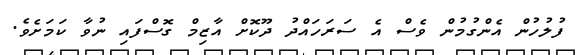
ފުލުހުން އެންގުމުން ވެސް އެ ސަރަހައްދު ދޫކޮށް އާޒިމް ގޮސްފައި ނުވާ ކަމަށެވެ.